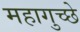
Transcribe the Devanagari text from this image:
महागुच्छे